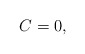
\begin{align*}C = 0,\end{align*}